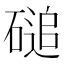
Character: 磓